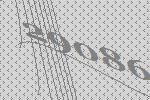
29086